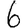
Digit: 6